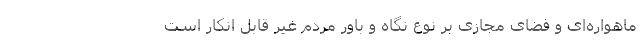
ماهواره‌ای و فضای مجازی بر نوع نگاه و باور مردم غیر قابل انکار است